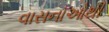
વાસનાઓથી